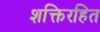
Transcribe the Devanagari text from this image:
शक्तिरहित